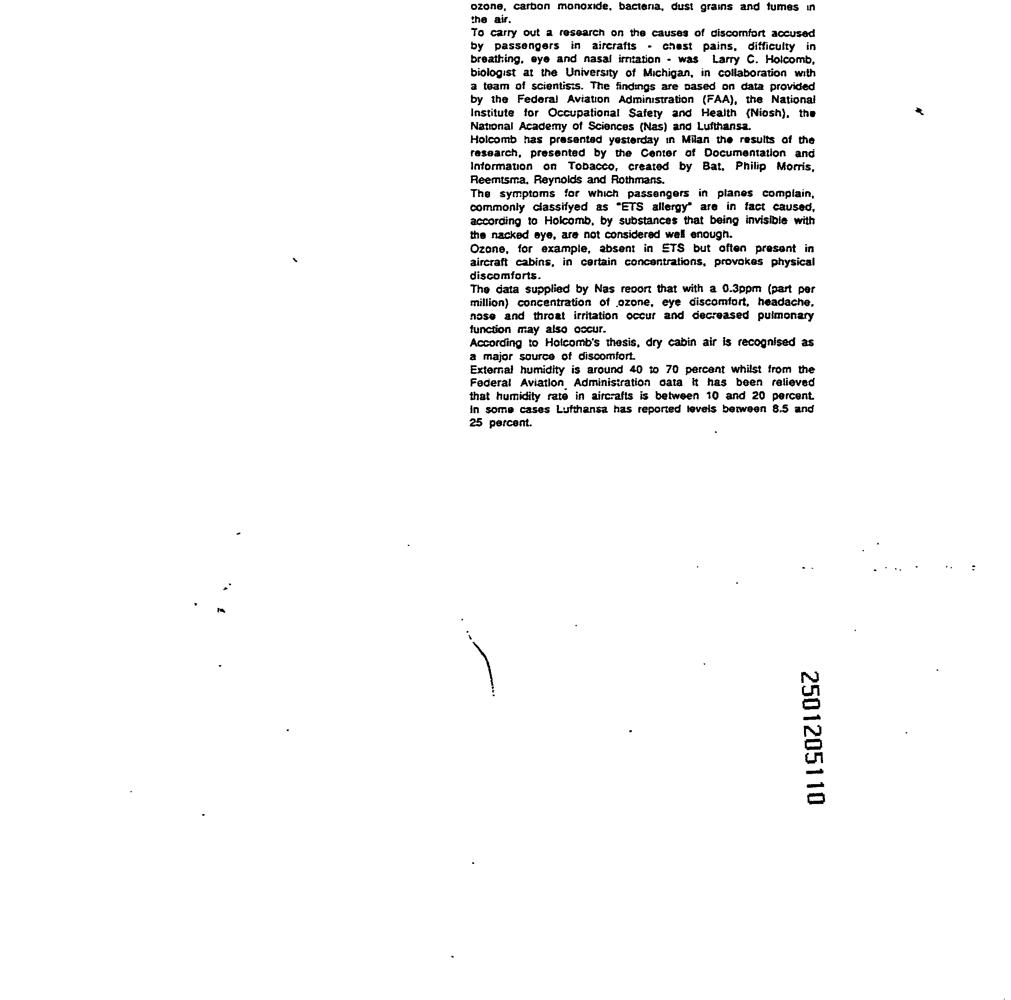
carbon we, 5. dust
 the air.
 To carry out a research on the causes of ciscormfort accused
 by passengers in aircrafts - chest pains, difficuity in
 breathing, eye and nasal irmation - was Larry C. Holcomb,
 biologist at the University of Michigan, in collaboration with
 a team of scientists. The findings are pased on data provided
 by the Federai Aviation Administration (FAA), the National
 Institute for Occupational Safery and Health (Niosh), the
 National Academy of Sciences (Nas) and Lufthansa.
 Holcomb has presented yesterday in Milan the resuits af the
 research, presented by the Center of Documentation and
 Information on Tobacco, created by Bat, Philip Morris,
 Reemtsma, Reynolds and Rothmans.
 The symptoms for which passangers in planes compiain,
 commonly classifyed as “ETS allergy” are in fact caused,
 according to Holcomb, by substances that being invisibie with
 the nacked eye, are not considered wel enough.
 Ozone, for example, absent in STS but often present in
 aircraft cabins, in certain concentrations, provokes physical
 discomforts.
 The data supplied by Nas reoort that with a 0.3ppm (part per
 million} concentration ot ozone, eye discomfort, headache,
 nose and throat irritation occur and decreased pulmonary
 function may also occur.
 According to Holcomb's thesis, dry cabin air is recognised as
 a major source of discomfort.
 External humidity is around 40 to 70 percent whilst from the
 Federal Aviation Administration cata it has been relieved
 that humidity rate in aircrafts is between 10 and 20 percent.
 in some cases Lufthansa has reported tevels beween 8.5 and
 25 percent.
 9 and f wn
 o11so210S2